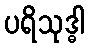
ပရိသုဒ္ဓါ